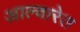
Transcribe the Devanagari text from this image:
आल्वारेस